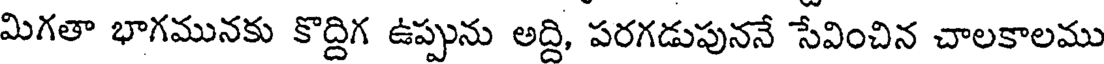
మిగతా భాగమునకు కొద్దిగ ఉప్పును అద్ది, పరగడుపుననే సేవించిన చాలకాలము